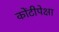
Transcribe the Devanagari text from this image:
कोंटीपेक्षा